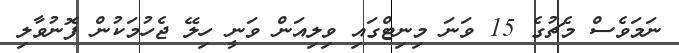
ނަމަވެސް މެޗުގެ 15 ވަނަ މިނިޓްގައި ވިލިއަން ވަނީ ހިލޭ ޖެހުމަކުން ފޮނުވާލި